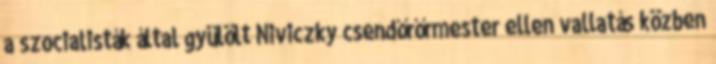
a szocialisták által gyülölt Niviczky csendőrőrmester ellen vallatás közben